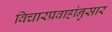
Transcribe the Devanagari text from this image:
विचारप्रवाहांनुसार